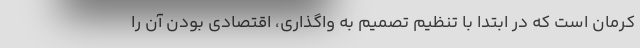
کرمان است که در ابتدا با تنظیم تصمیم به واگذاری، اقتصادی بودن آن را